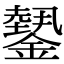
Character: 𨬝